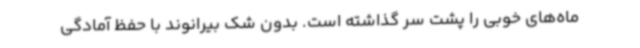
ماه‌های خوبی را پشت سر گذاشته است. بدون شک بیرانوند با حفظ آمادگی